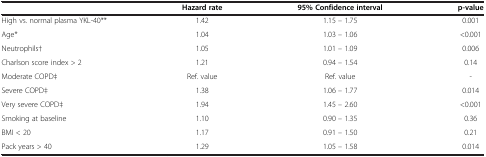
|  | Hazard rate | 95% Confidence interval | p-value |
 | --- | --- | --- | --- |
 | High vs. normal plasma YKL-40** | 1.42 | 1.15 – 1.75 | 0.001 |
 | Age* | 1.04 | 1.03 – 1.06 | <0.001 |
 | Neutrophils† | 1.05 | 1.01 – 1.09 | 0.006 |
 | Charlson score index > 2 | 1.21 | 0.94 – 1.54 | 0.14 |
 | Moderate COPD‡ | Ref. value | Ref. value | - |
 | Severe COPD‡ | 1.38 | 1.06 – 1.77 | 0.014 |
 | Very severe COPD‡ | 1.94 | 1.45 – 2.60 | <0.001 |
 | Smoking at baseline | 1.10 | 0.90 – 1.35 | 0.36 |
 | BMI < 20 | 1.17 | 0.91 – 1.50 | 0.21 |
 | Pack years > 40 | 1.29 | 1.05 – 1.58 | 0.014 |